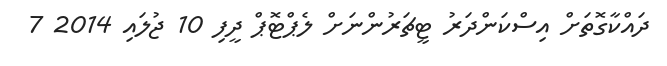
ދައްކާގޮތަށް އިސްކަންދަރު ޓީޗަރުންނަށް ލެޕްޓޮޕް ދީފި 10 ޖުލައި 2014 7